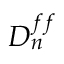
D _ { n } ^ { f f }